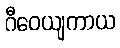
ဂီဝေယျကာယ